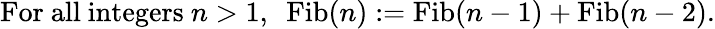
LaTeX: {\mathrm{For~all~integers~}}n>1,~{\mathrm{~Fib}}(n):={\mathrm{Fib}}(n-1)+{\mathrm{Fib}}(n-2).